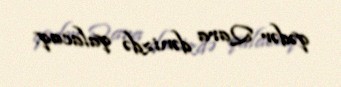
qədər Qara dənizdə qalacaq.